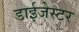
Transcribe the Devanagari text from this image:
डाईजेस्टर